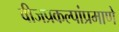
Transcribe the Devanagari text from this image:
वीजप्रकल्पांप्रमाणे